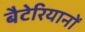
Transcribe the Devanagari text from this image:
बैटेरियानों